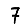
Digit: 7